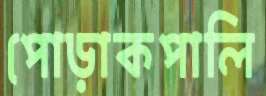
পোড়াকপালি